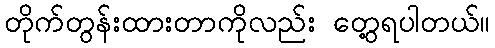
တိုက်တွန်းထားတာကိုလည်း တွေ့ရပါတယ်။